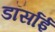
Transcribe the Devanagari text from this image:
डॉर्साई